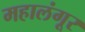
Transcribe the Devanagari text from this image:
महालंगूर